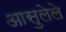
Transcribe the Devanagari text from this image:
आसुलेले